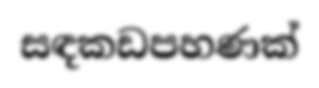
සඳකඩපහණක්